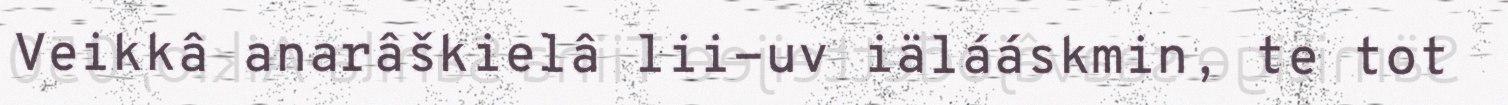
Veikkâ anarâškielâ lii-uv iälááskmin, te tot